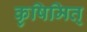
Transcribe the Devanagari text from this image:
कृषिमित्